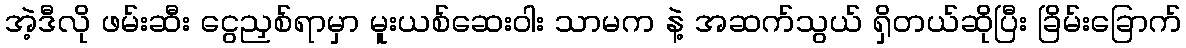
အဲ့ဒီလို ဖမ်းဆီး ငွေညှစ်ရာမှာ မူးယစ်ဆေးဝါး သာမက နဲ့ အဆက်သွယ် ရှိတယ်ဆိုပြီး ခြိမ်းခြောက်